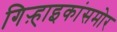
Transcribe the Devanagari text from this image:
गिऱ्हाइकांसमोर